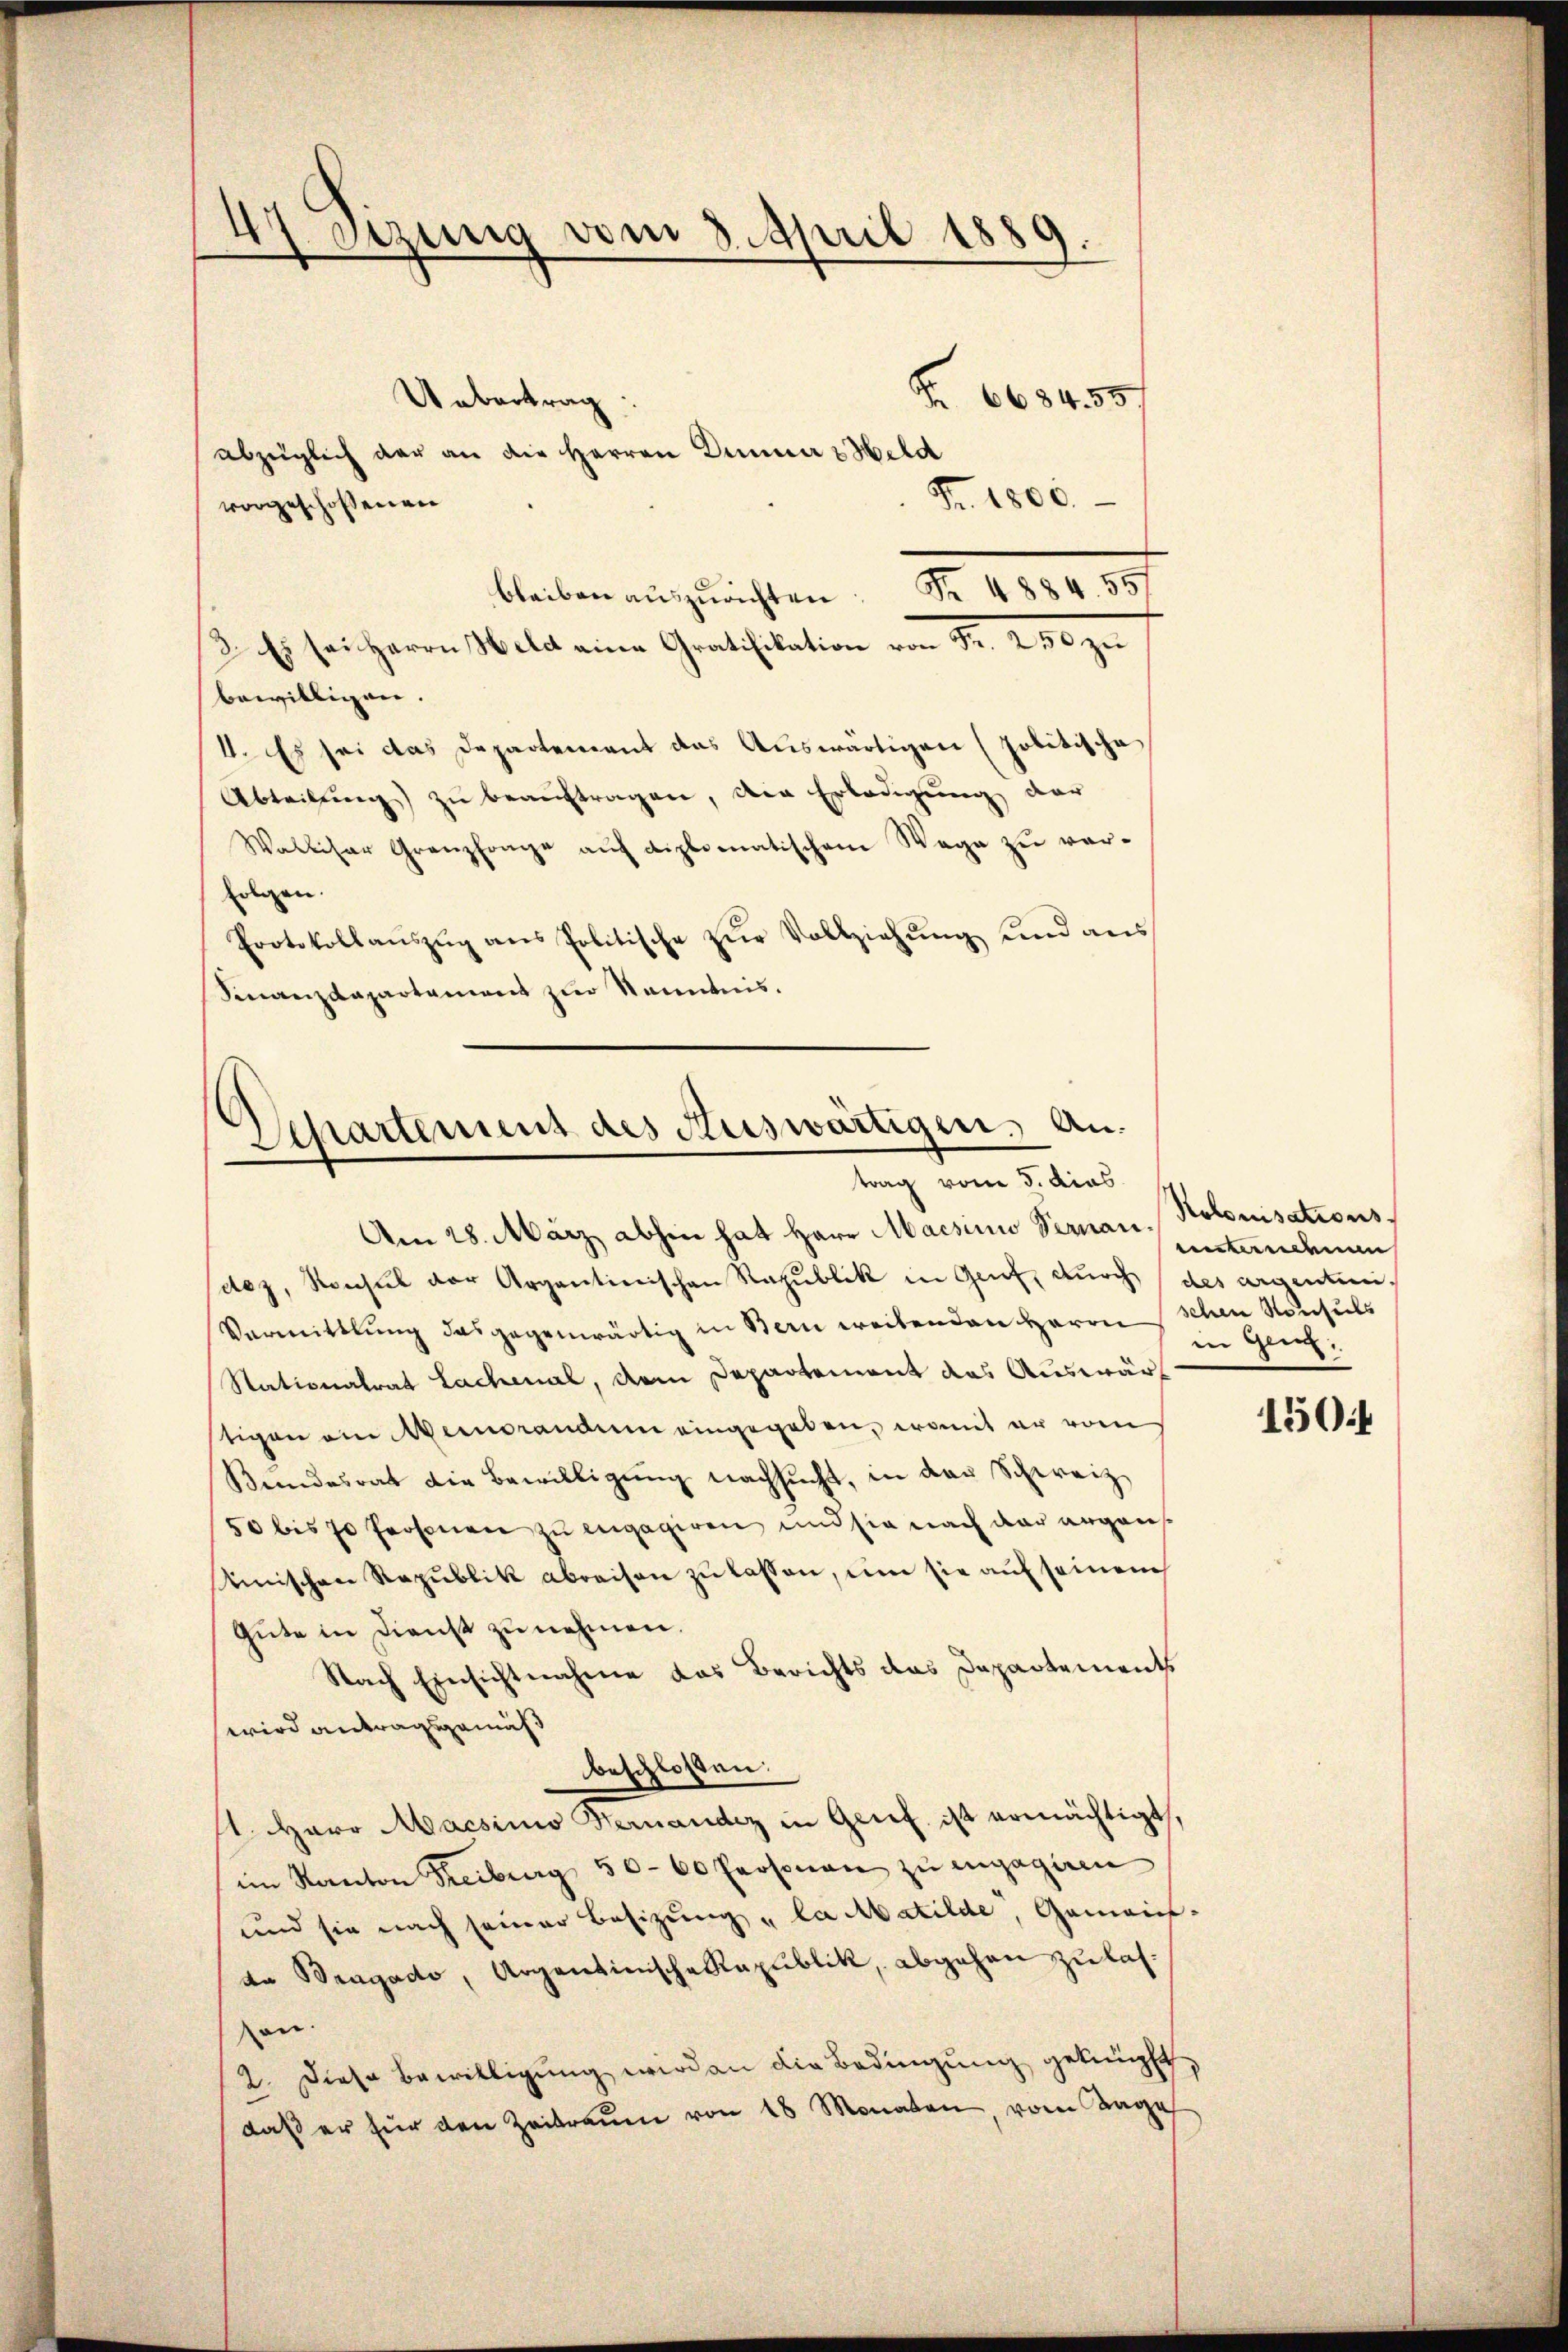
47. Setzung vom 8. April 1889.
Z 6684. 557
Uebertrag:
abzüglich der an die Herren Dumma 2 Held

Fr. 1800.
vorgeschossenen
Fr. 4884. 557
bleiben auszurichten
2. Es sei Herrn Welch eine Gratifikation von Fr. 250 zu
bewilligen.
1. Es sei das Departement das Auswärtigen (politische
Abteilung) zu beauftragen, den Erledigung der
Walliser Granzfrage aŭf diplomatischem Wege zu verfolgen.
Protokollaŭszŭg ans Politische zŭr Vollziehŭng und ans
Finanzdepartament zur Kenntnis.

Departement des Auswärtigen. Antrag vom 5. dies

Am 28. März abhin hat Herr Macsium Vernau,
dez, Konsul der Argantinischen Republik in Genf, durch des argenten.
Vermittlung das gegenwärtig in Bern weitenden Herrn schen Konsuls
Stationalrat Lachenal, dem Departement das Auswärt
tigen am Meindrandum eingegeben, womit er vom
Bundesrat die Bewilligŭng nachsucht, in der Schweiz
50 bis 70 Personen zu engagiren und sie nach der ergan¬
Umnischen Republik abreisen zu lassen, um sie auf seinem
Gute in Dienst zu nehmen.
Nach Einsichtnahme das Berichts das Dapartements
wird antragsgemäß
beschlossen:
1. Herr Macsimo Hernander in Genf ist ermächtigt,
im Kanton Freiburg 5000 Personen zu engagiren
und sie nach seiner Besizung „la Matilde, Gemeinda Wengado, Argentinische Kapublik, abgehen zu lasan.
2. Diese Bewilligung wird an die Bedingung getrift
daβ er für den Zeitraŭen von 18 Monaten, vom Tage

Rolonisationsuntendenen
in Gen.

150f